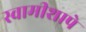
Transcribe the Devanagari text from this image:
स्वामीशापे